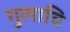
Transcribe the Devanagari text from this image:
गुलाबि